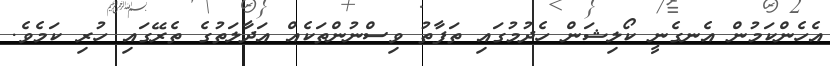
އެހެންކަމުން އެނގެނީ ކޯލިޝަން ހެދުމުގައި ތަފާތު ވިސްނުންތަކެއް އަދާލަތުގެ ތެރޭގައި ހުރި ކަމެވެ.